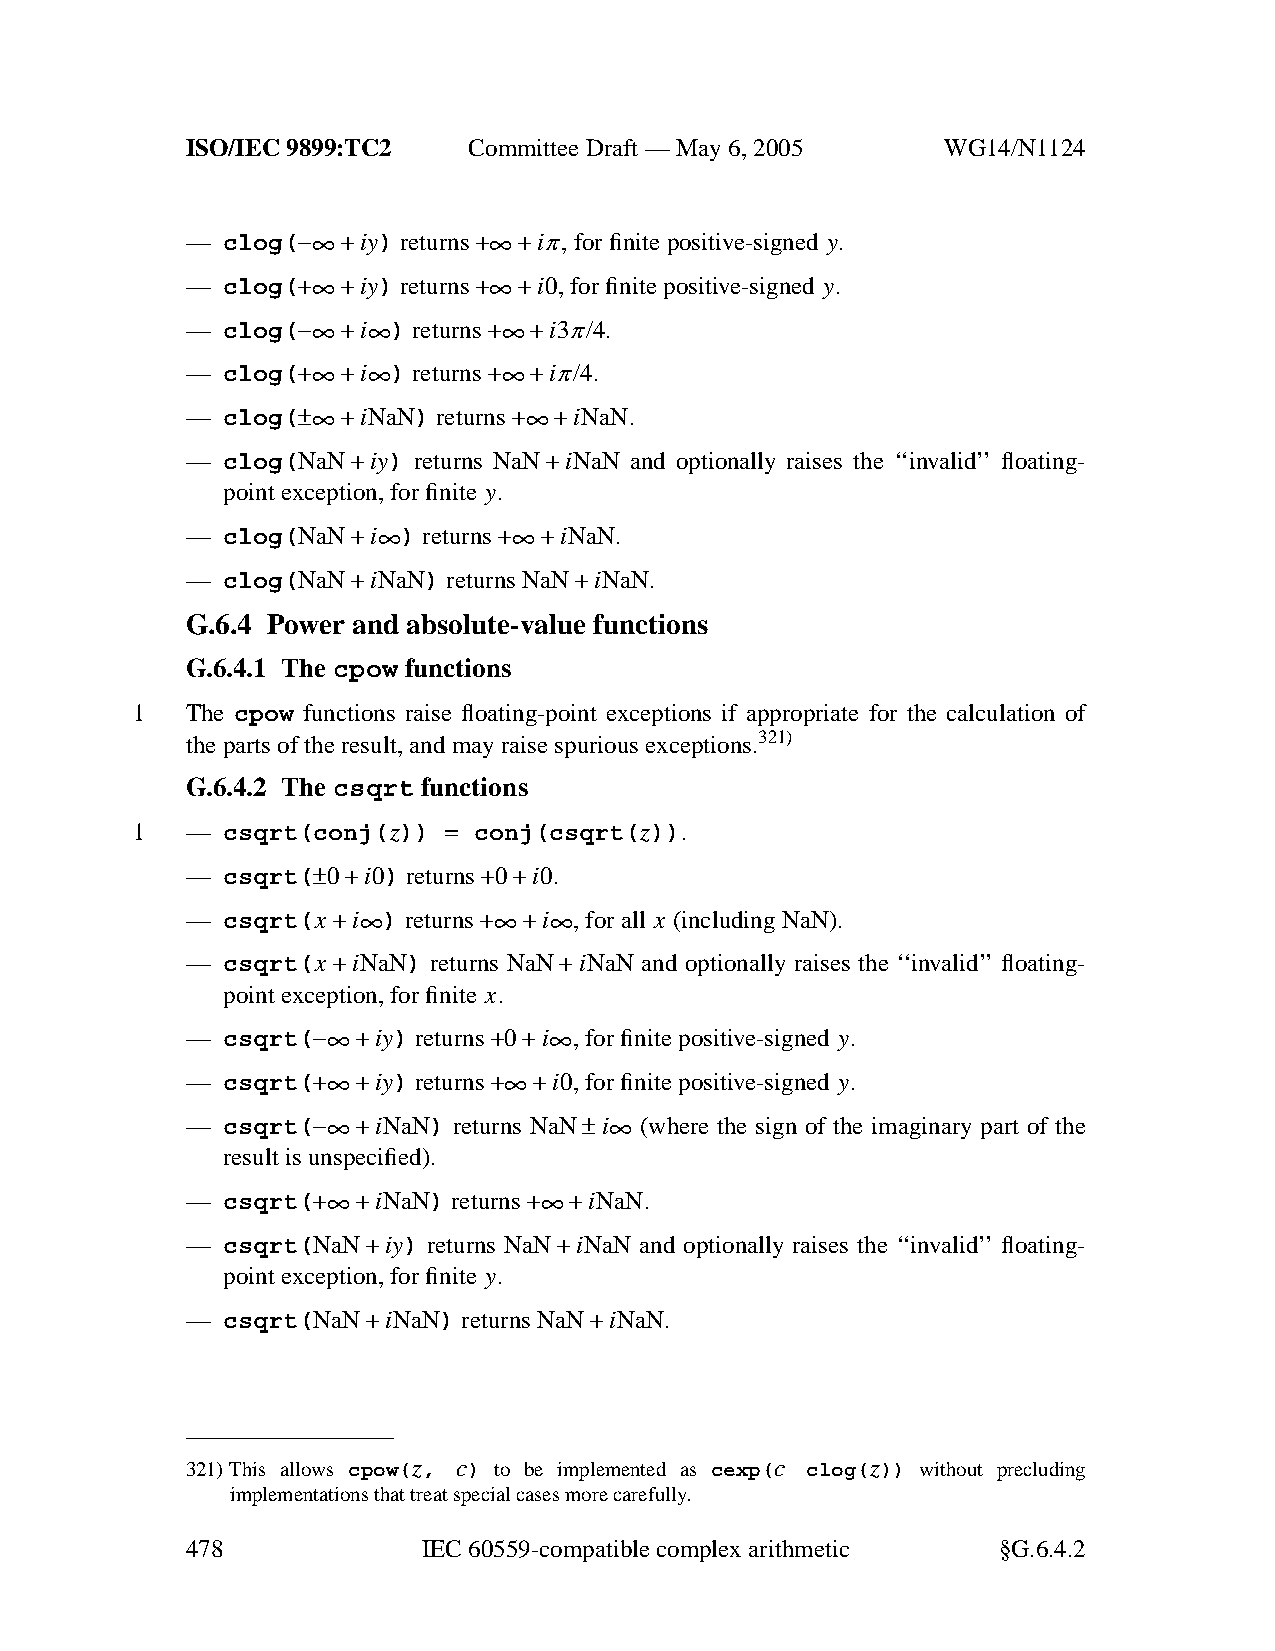
ISO/IEC 9899:TC2   Committee Draft — May 6, 2005   WG14/N1124
 —
 clog(−∞+iy) returns+∞+iπ,for
 finite positive-signed y.
 —
 clog(+∞+iy) returns+∞+i0,
 for finite positive-signed y.
 —
 clog(−∞+i∞
 )
 returns+∞+i3π/4.
 —
 clog(+∞+i∞
 )
 returns+∞+iπ/4.
 —
 clog(±∞+iNaN) returns+∞+iNaN.
 —  clog(NaN+iy) returns NaN+iNaN and optionally raises the ‘‘invalid’’ floating-
 point exception, for finite y.
 —
 clog(NaN+i∞
 )
 returns+∞+iNaN.
 —  clog(NaN+iNaN) returns NaN+iNaN.
 G.6.4 Power and absolute-value functions
 G.6.4.1 The cpow functions
 1  The cpow functions raise floating-point exceptions if appropriate for the calculation of
 the parts of the result, and may raise spurious exceptions.321)
 G.6.4.2 The csqrt functions
 1  —  csqrt(conj(z)) = conj(csqrt(z)).
 —  csqrt(±0+i0) returns+0+i0.
 —  csqrt(x
 +i∞
 )
 returns+∞+i∞
 ,for all x (including NaN).
 —  csqrt(x +iNaN) returns NaN+iNaN and optionally raises the ‘‘invalid’’ floating-
 point exception, for finite x.
 —
 csqrt(−∞+iy) returns+0+i∞
 ,for finite positive-signed y.
 —
 csqrt(+∞+iy) returns+∞+i0,
 for finite positive-signed y.
 —
 csqrt(−∞+iNaN)
 returns
 NaN±i∞
 (where the sign of the imaginary part of the
 result is unspecified).
 —
 csqrt(+∞+iNaN) returns+∞+iNaN.
 —  csqrt(NaN+iy) returns NaN+iNaN and optionally raises the ‘‘invalid’’ floating-
 point exception, for finite y.
 —  csqrt(NaN+iNaN) returns NaN+iNaN.
 321)This allows cpow(z, c) to be implemented as cexp(c clog(z)) without precluding
 implementations that treat special cases more carefully.
 478             IEC 60559-compatible complexarithmetic §G.6.4.2